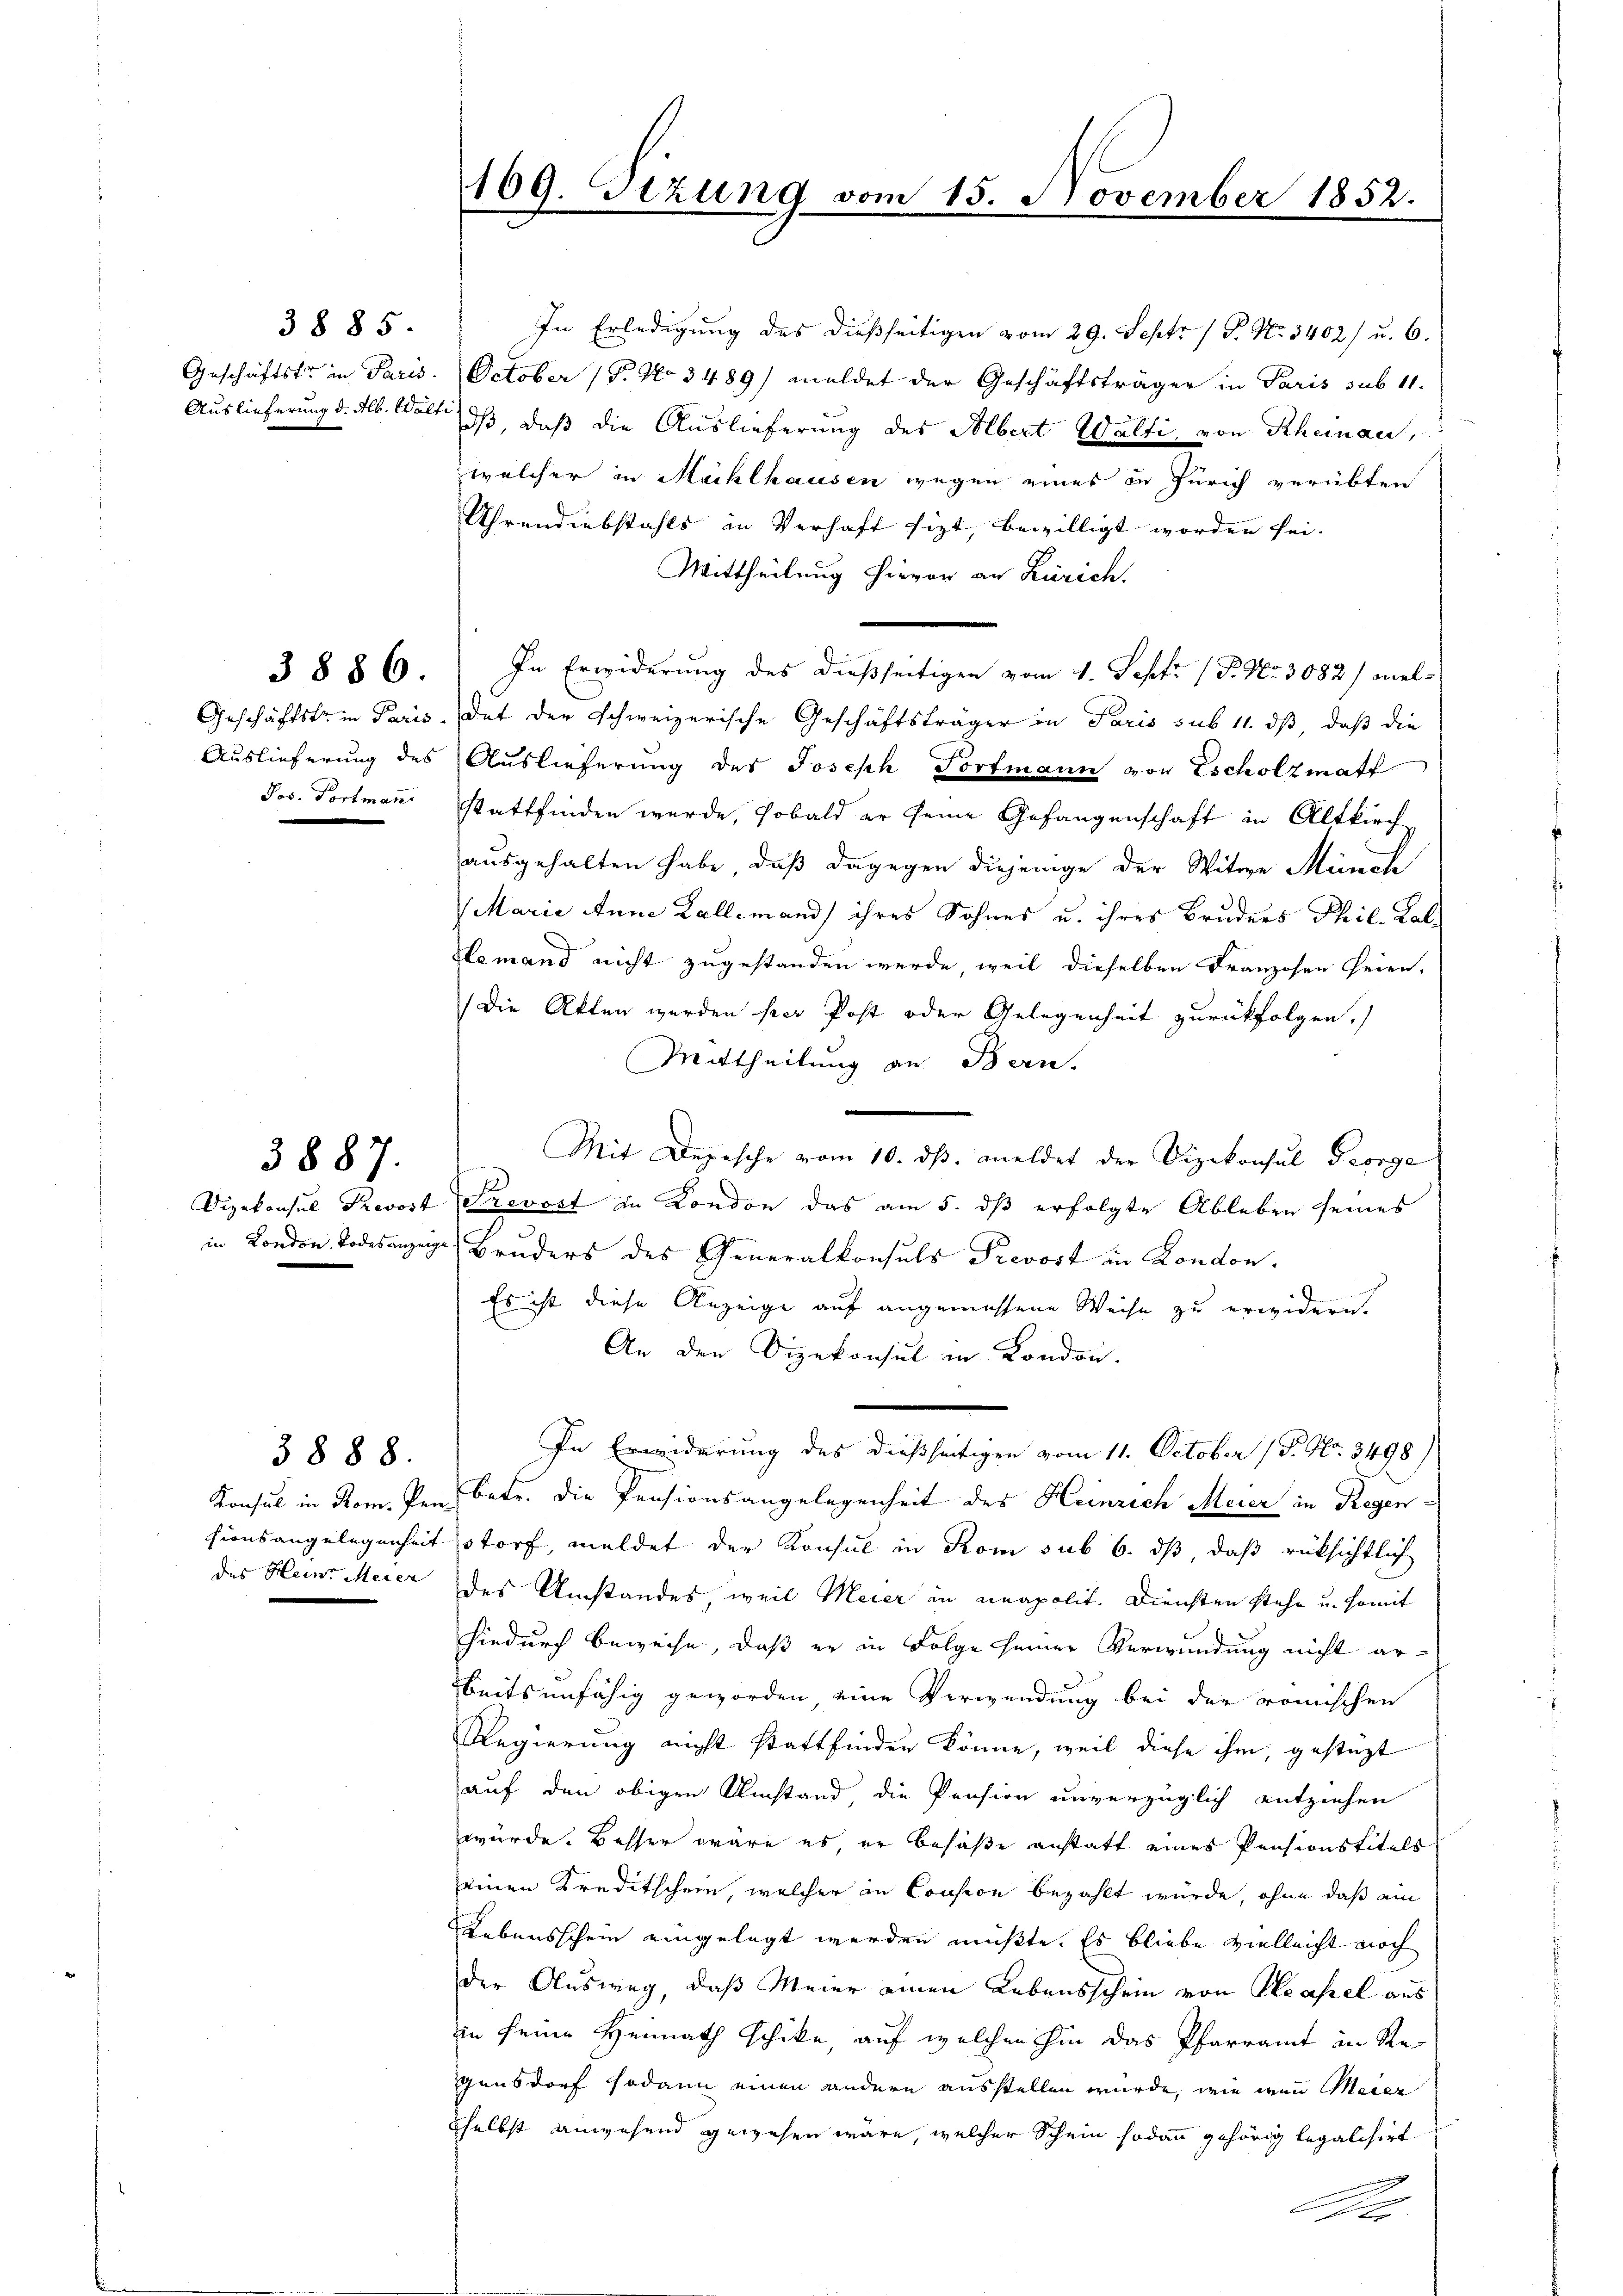
3885.

Jos. Portman

3887.

3888.

In Erledigung des dießseitigen vom 29. Sept. 1 P. Nr. 3402) u. 6.
Geschäftstr in Paris. October (T. No 3489/ meldet der Geschäftsträger in Paris sub 11.
Auslieferung d. Alb. Welt, daß, daß die Auslieferung des Albert Walti von Rheinau,
welcher in Mühlhausen wegen eines in Zürich verübten
Uhrendiebstahls in Verhaft sizt, bewilligt worden sei.
Mittheilung hievon an Zürich,
3886. In Erwiderŭng des dießseitigen vom 1. Sept. (T. No. 3082) wel-
Geschäftstr. in Paris. dat der schweizerische Geschäftsträger in Paris sub 11. ds, daß die
Auslieferung des Auslieferung des Joseph Portmann von Escholzmatt
stattfinden werde, sobald er seine Gefangenschaft in Altkirch
ausgehalten habe, daß dagegen diejenige der Witwe Münch
Marie Anna Kallemand ihres Sohnes u. ihres Bruders Phil-Kalemand nicht zugestanden werde, weil dieselben Franzosen seien,
Die Akten werden per Post oder Gelegenheit zurückfolgen.)
Mittheilung an Bern.
Mit Depesche vom 10. dβ. meldet der Vizekonsul Georga
Dizekonsul Prevost Prevost in Kondon das am 5. dß erfolgte Ableben seines
in London Todesanzige Bruders des Generalkonsuls Prevost in London.
Es ist diese Anzeige auf angemessene Weise zu erwidern.
An den Dizekonsul in London.
In Erwiderung des dießseitigen vom 11. October (P. Nr. 3498)
Konsul in Rom. Den betr. die Pensionsangelegenheit des Heinrich Meier in Regensionsangelegenheit storf, meldet der Konsul in Rom sub 6. dß daß rüksichtlich
des Hein Meier des Umstandes weil Meier in unapolit. Diensten stehe u. somit
hiedurch beweise, daß er in Folge seiner Verwundung nicht erbeitsunfähig geworden eine Verwendung bei der römischen
Regierung nicht stattfinden könne, weil diese ihm, gestüzt
auf den obigen Umstand die Pension unverzüglich entziehen
würde. Besser wäre es, er besaße anstatt eines Pensionstitels
einen Kreditschein, welcher in Consion bezahlt würde, ohne daß ein
Lebensschein eingelegt werden müßte. Es bliebe vielleicht noch
der Ausweg, daß Meier einen Lebensschein von Hasel aus
in seine Heimath schike, auf welchen hin das Pfarramt in Regensdorf sodann einen andern ausstellen würde, wie wenn Meier
Eselbst anwesend gewesen wäre, welcher Schein sodann gehörig legalisirt
A

169. Tizung vom 15. November 1852.